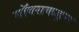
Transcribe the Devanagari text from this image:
सॉक्सकडून